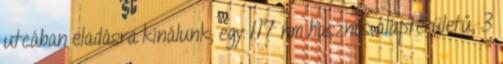
utcában eladásra kínálunk, egy 117 nm hasznos alapterületű, 3